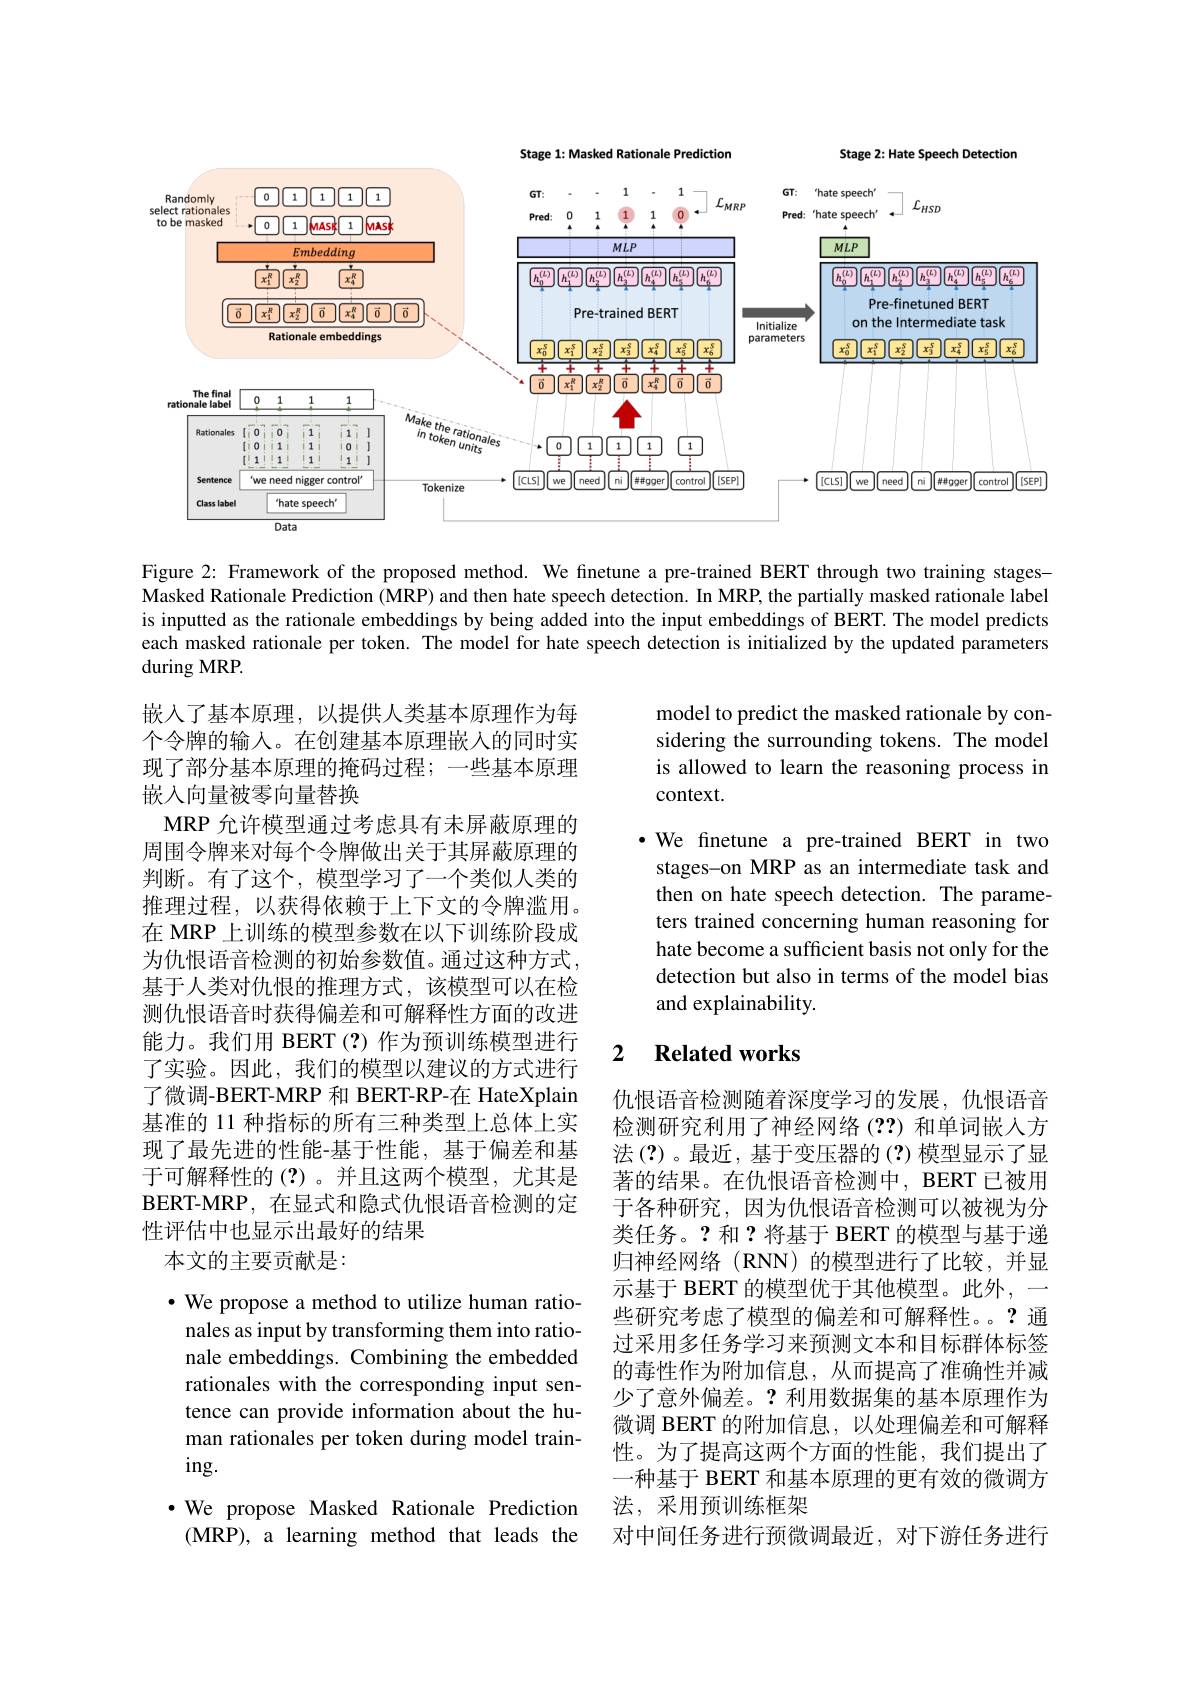
<FigureHere>

Figure 2: Framework of the proposed method. We finetune a pre-trained BERT through two training stagesMasked Rationale Prediction (MRP) and then hate speech detection. In MRP, the partially masked rationale label is inputted as the rationale embeddings by being added into the input embeddings of BERT. The model predicts each masked rationale per token. The model for hate speech detection is initialized by the updated parameters $\operatorname{during}$MRP.

model to predict the masked rationale by considering the surrounding tokens. The model is allowed to learn the reasoning process in context.

·We finetune a pre-trained BERT in two stages-on MRP as an intermediate task and then on hate speech detection. The parameters trained concerning human reasoning for hate become a sufficient basis not only for the detection but also in terms of the model bias and explainability.

嵌入了基本原理，以提供人类基本原理作为每个令牌的输入。在创建基本原理嵌入的同时实现了部分基本原理的掩码过程；一些基本原理嵌入向量被零向量替换
MRP 允许模型通过考虑具有未屏蔽原理的周围令牌来对每个令牌做出关于其屏蔽原理的判断。有了这个，模型学习了一个类似人类的推理过程，以获得依赖于上下文的令牌滥用。在 MRP 上训练的模型参数在以下训练阶段成为仇恨语音检测的初始参数值。通过这种方式， 基于人类对仇恨的推理方式，该模型可以在检测仇恨语音时获得偏差和可解释性方面的改进能力。我们用 BERT(?)作为预训练模型进行了实验。因此，我们的模型以建议的方式进行了微调-BERT-MRP 和 BERT-RP-在 HateXplain 基准的 11 种指标的所有三种类型上总体上实现了最先进的性能-基于性能，基于偏差和基于可解释性的(?)。并且这两个模型，尤其是$\mathbf{BERT-MRP}$,在显式和隐式仇恨语音检测的定性评估中也显示出最好的结果
本文的主要贡献是：

## 2 $\textbf{Related works}$

仇恨语音检测随着深度学习的发展，仇恨语音检测研究利用了神经网络(??)和单词嵌入方法 (?)。最近，基于变压器的 (?) 模型显示了显著的结果。在仇恨语音检测中，BERT 已被用于各种研究，因为仇恨语音检测可以被视为分类任务。?和？将基于 BERT 的模型与基于递归神经网络(RNN)的模型进行了比较，并显示基于 BERT 的模型优于其他模型。此外，一些研究考虑了模型的偏差和可解释性。。?通过采用多任务学习来预测文本和目标群体标签的毒性作为附加信息，从而提高了准确性并减少了意外偏差。?利用数据集的基本原理作为微调 BERT 的附加信息，以处理偏差和可解释性。为了提高这两个方面的性能，我们提出了一种基于 BERT 和基本原理的更有效的微调方法，采用预训练框架
对中间任务进行预微调最近，对下游任务进行

$\cdot$ We propose a method to utilize human rationales as input by transforming them into rationale embeddings. Combining the embedded rationales with the corresponding input sentence can provide information about the human rationales per token during model train- $ing.$
·We propose Masked Rationale Prediction (MRP), a learning method that leads the